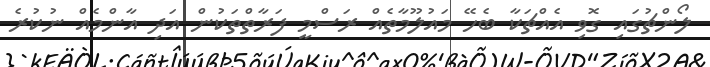
ލޯންޗުގައި ގޮވި އެއްޗަކާ ބެހޭ މައުލޫމާތެއް ރަސްމީ ފަރާތްތަކުން އަދި އާންމެއް ނުކުރެ